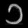
Digit: ၁